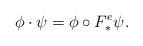
LaTeX: \begin{align*}\phi\cdot \psi = \phi \circ F_*^e \psi.\end{align*}